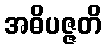
အဓိပဇ္ဇတိ